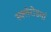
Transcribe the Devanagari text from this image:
स्क्‍लेरोडर्मा